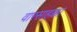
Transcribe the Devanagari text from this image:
वारसाहक्का